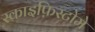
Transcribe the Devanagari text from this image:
स्काइफ़िस्टोमे